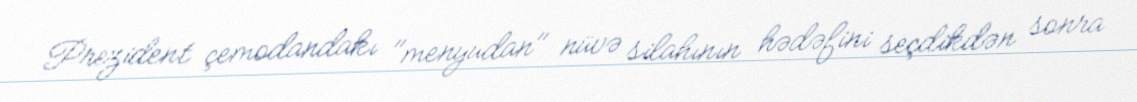
Prezident çemodandakı "menyudan" nüvə silahının hədəfini seçdikdən sonra